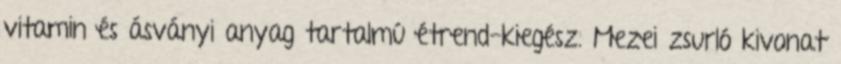
vitamin és ásványi anyag tartalmú étrend-kiegész. Mezei zsurló kivonat